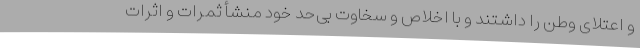
و اعتلای وطن را داشتند و با اخلاص و سخاوت بی‌حد خود منشأ ثمرات و اثرات